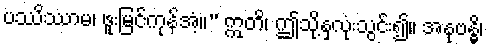
ပဿိဿာမ၊ ဖူးမြင်ကုန်အံ့။” ဣတိ၊ ဤသို့နှလုံးသွင်း၍။ အနုဗန္ဓိ၊